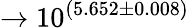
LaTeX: \rightarrow 10^{(5.652\pm 0.008)}